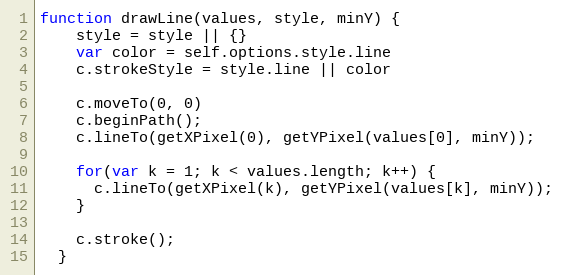
Language: JavaScript
function drawLine(values, style, minY) {
    style = style || {}
    var color = self.options.style.line
    c.strokeStyle = style.line || color

    c.moveTo(0, 0)
    c.beginPath();
    c.lineTo(getXPixel(0), getYPixel(values[0], minY));

    for(var k = 1; k < values.length; k++) {
      c.lineTo(getXPixel(k), getYPixel(values[k], minY));
    }

    c.stroke();
  }